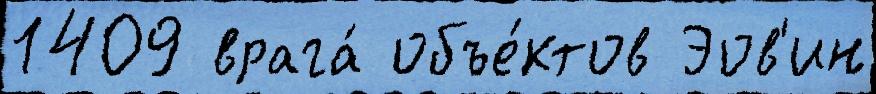
1409 врага́ объе́ктов Эов'ин